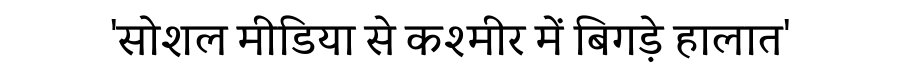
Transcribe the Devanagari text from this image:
'सोशल मीडिया से कश्मीर में बिगड़े हालात'